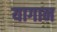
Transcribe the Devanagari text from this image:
यागान